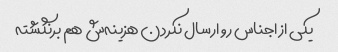
یکی از اجناس رو ارسال نکردن هزینه‌ش هم برنگشته